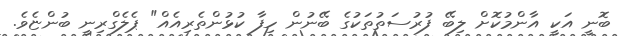
ބޮނީ އަކީ އާންމުކޮށް ލިބޭ ފުރުސަތުތަކުގެ ބޭނުން ހިފާ ކުޅުންތެރިއެއް" ޕެލެގްރިނީ ބުންޏެވެ.